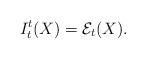
LaTeX: \begin{align*} I_t^{t}(X) = \mathcal{E}_t(X). \end{align*}